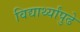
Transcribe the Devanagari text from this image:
विद्यार्थ्यांपुढे